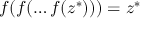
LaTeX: f ( f ( \dots f ( z ^ { * } ) ) ) = z ^ { * }